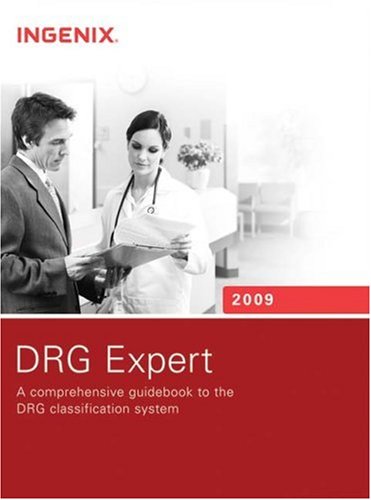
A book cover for DRG Expert 2009 Compact Spiral; Ingenix; Medical Books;